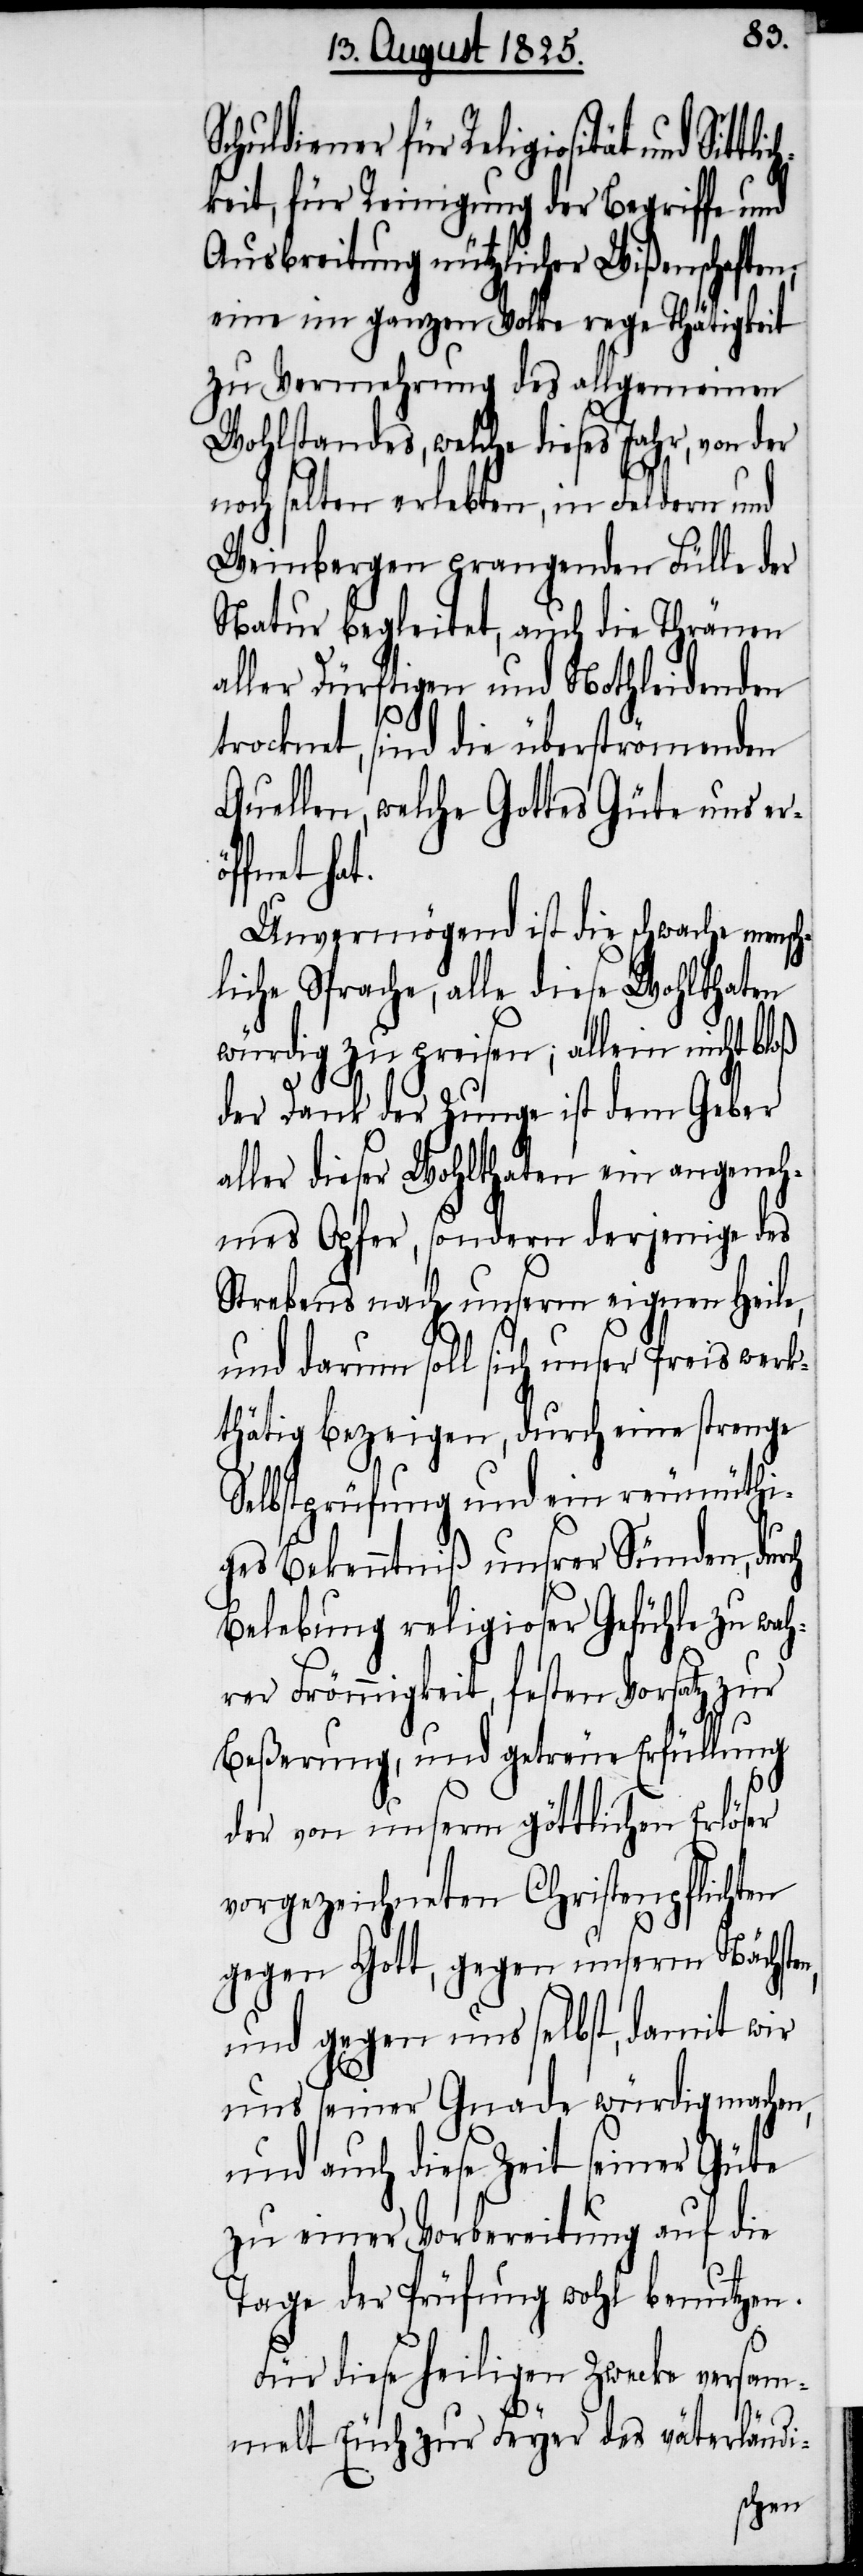
Schuldiener für Religiosität und Sit¬
keit, für Reinigung der Begriffe und
Ausbreitung nützlicher Wißenschaften;
eine im ganzen Volke rege Thätigkeit
zu Vermehrung des allgemeinen
Wohlstandes, welche dieses Jahr, von der
noch selten erlebten, in Feldern und
Weinbergen prangenden Fülle der
Natur begleitet, auch die Thränen
aller Dürftigen und Nothleidenden
trocknet, sind die überströmenden
Quellen, welche Gottes Güte uns er¬
fnet hat.
Unvermögend ist die schwache men¬
liche Sprache, alle diese Wohlthaten
würdig zu preisen; allein nicht bloß
der Dank der Zunge ist dem Geber
ler dieser Wohlthaten ein angeneh¬
mes Opfer, sondern derjenige des
Strebens nach unserm eignen Heile
und darum soll sich unser Preis werk¬
thätig bezeigen, durch eine strenge
Selbstprüfung und ein reumüthi¬
ges Bekenntniß unsrer Sünden, durch
Belebung religioser Gefühle zu wah¬
rer Frömmigkeit, festen Vorsatz zur
Beßerung, und getreue Erfüllung
der von unserm göttlichen Erlöser
vorgezeichneten Christenpflichten
gegen Gott, gegen unsern Nächste¬
und gegen uns selbst, damit wir
uns seiner Gnade würdig machen,
und auch diese Zeit seiner Güte
zu einer Vorbereitung auf die
Tage der Prüfung wohl benutzen.
Für diese heiligen Zwecke versam¬
ändi-
melt Euch zur Feyer des vat¬
sch¬